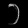
Digit: ၁